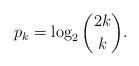
LaTeX: \begin{align*}p_k=\log_2\binom{2k}{k}.\end{align*}